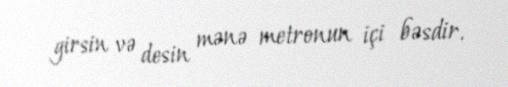
girsin və desin mənə metronun içi bəsdir.